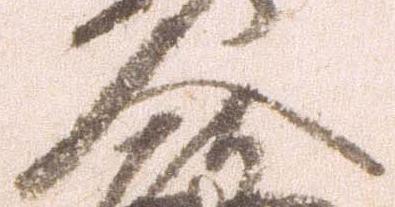
人